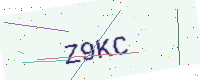
Text: Z9KC